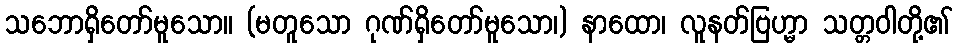
သဘောရှိတော်မူသော။ (မတူသော ဂုဏ်ရှိတော်မူသော၊) နာထော၊ လူနတ်ဗြဟ္မာ သတ္တဝါတို့၏